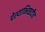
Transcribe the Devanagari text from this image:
पेश्याभिच्छदीय